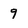
Character: 9